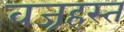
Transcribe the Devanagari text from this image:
वज्रहस्त